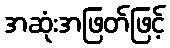
အဆုံးအဖြတ်ဖြင့်